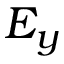
E _ { y }